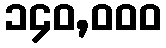
၁၄၀,၀၀၀